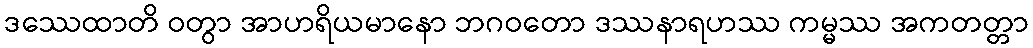
ဒဿေထာတိ ဝတွာ အာဟရိယမာနော ဘဂဝတော ဒဿနာရဟဿ ကမ္မဿ အကတတ္တာ